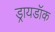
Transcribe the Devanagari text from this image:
ड्रायडॉक